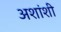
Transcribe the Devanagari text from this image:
अशांशी